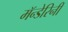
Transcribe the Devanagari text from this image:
मॅन्डेरिनी